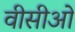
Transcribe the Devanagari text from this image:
वीसीओ